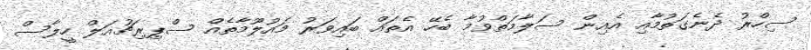
ސިހްރު ދެނެގަތުމާއި އެއިން ސަލާމަތްވުމާ ބެހޭ އެތައް ބައިވަރު މައުލޫމާތެއް ސްޕިރިޗުއަލް ހީލާސް